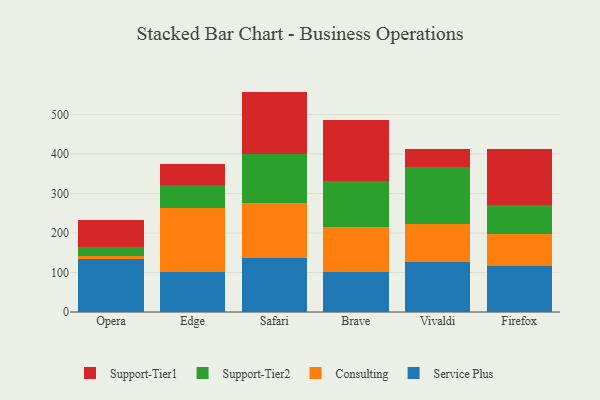
{"axis": {"x": "Browser", "y": "Active Users"}, "legend": ["Consulting", "Service Plus", "Support-Tier1", "Support-Tier2"], "data": [{"x": "Opera", "y": 135.1, "type": "Service Plus"}, {"x": "Opera", "y": 5.8, "type": "Consulting"}, {"x": "Opera", "y": 22.5, "type": "Support-Tier2"}, {"x": "Opera", "y": 70.3, "type": "Support-Tier1"}, {"x": "Edge", "y": 101.1, "type": "Service Plus"}, {"x": "Edge", "y": 163.1, "type": "Consulting"}, {"x": "Edge", "y": 58.2, "type": "Support-Tier2"}, {"x": "Edge", "y": 53.3, "type": "Support-Tier1"}, {"x": "Safari", "y": 136.6, "type": "Service Plus"}, {"x": "Safari", "y": 138.6, "type": "Consulting"}, {"x": "Safari", "y": 124.4, "type": "Support-Tier2"}, {"x": "Safari", "y": 158.6, "type": "Support-Tier1"}, {"x": "Brave", "y": 100.5, "type": "Service Plus"}, {"x": "Brave", "y": 114.5, "type": "Consulting"}, {"x": "Brave", "y": 116.7, "type": "Support-Tier2"}, {"x": "Brave", "y": 155.7, "type": "Support-Tier1"}, {"x": "Vivaldi", "y": 125.5, "type": "Service Plus"}, {"x": "Vivaldi", "y": 96.9, "type": "Consulting"}, {"x": "Vivaldi", "y": 145.5, "type": "Support-Tier2"}, {"x": "Vivaldi", "y": 45.4, "type": "Support-Tier1"}, {"x": "Firefox", "y": 115.3, "type": "Service Plus"}, {"x": "Firefox", "y": 81.4, "type": "Consulting"}, {"x": "Firefox", "y": 74.9, "type": "Support-Tier2"}, {"x": "Firefox", "y": 141.0, "type": "Support-Tier1"}]}